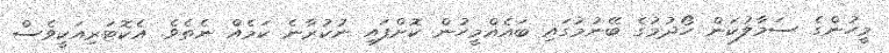
މީހުންގެ ސަމާލުކަން ހޯދުމުގެ ބޭނުމުގައި ބައެއްމީހުން ކޮށްފައި ނުކުރާނެ ކަމެއް ނެތެވެ. އެކޮޓަރިއަކީވެސް